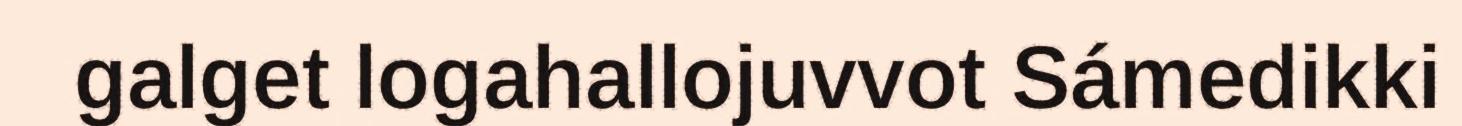
galget logahallojuvvot Sámedikki